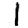
Digit: 1